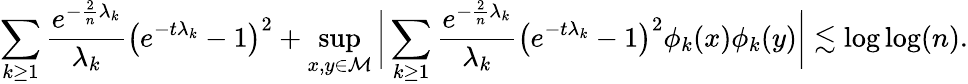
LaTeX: \sum_{k\geq 1}\frac{e^{-\frac{2}{n}\lambda_{k}}}{\lambda_{k}}\big(e^{-t\lambda_{k}}-1\big)^{2}+\operatorname*{sup}_{x,y\in\mathcal{M}}\bigg\vert\sum_{k\geq 1}\frac{e^{-\frac{2}{n}\lambda_{k}}}{\lambda_{k}}\big(e^{-t\lambda_{k}}-1\big)^{2}\phi_{k}(x)\phi_{k}(y)\bigg\vert\lesssim\log\log(n).